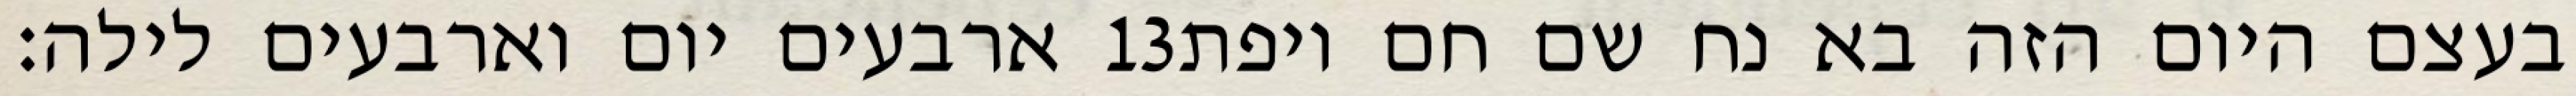
ארבעים יום וארבעים לילה׃ ‎13‏ בעצם היום הזה בא נח שם חם ויפת